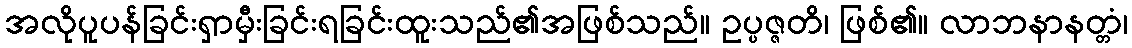
အလိုပူပန်ခြင်းရှာမှီးခြင်းရခြင်းထူးသည်၏အဖြစ်သည်။ ဥပ္ပဇ္ဇတိ၊ ဖြစ်၏။ လာဘနာနတ္တံ၊